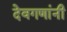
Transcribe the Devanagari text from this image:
देवगणांनी